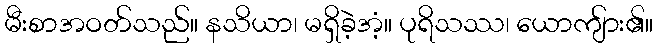
မီးစာအဝတ်သည်။ နသိယာ၊ မရှိခဲ့အံ့။ ပုရိသဿ၊ ယောကျ်ား၏။